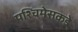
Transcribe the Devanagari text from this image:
पश्चिमेसकडे